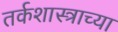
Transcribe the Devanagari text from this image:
तर्कशास्त्राच्या